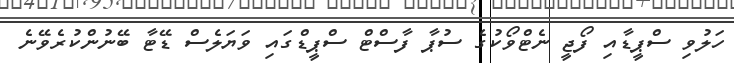
ހަލުވި ސްޕީޑާއި ފޯޖީ ނެޓްވޯކުގެ ސުޕާ ފާސްޓް ސްޕީޑްގައި ވަޔަލެސް ޑޭޓާ ބޭނުންކުރެވޭނެ